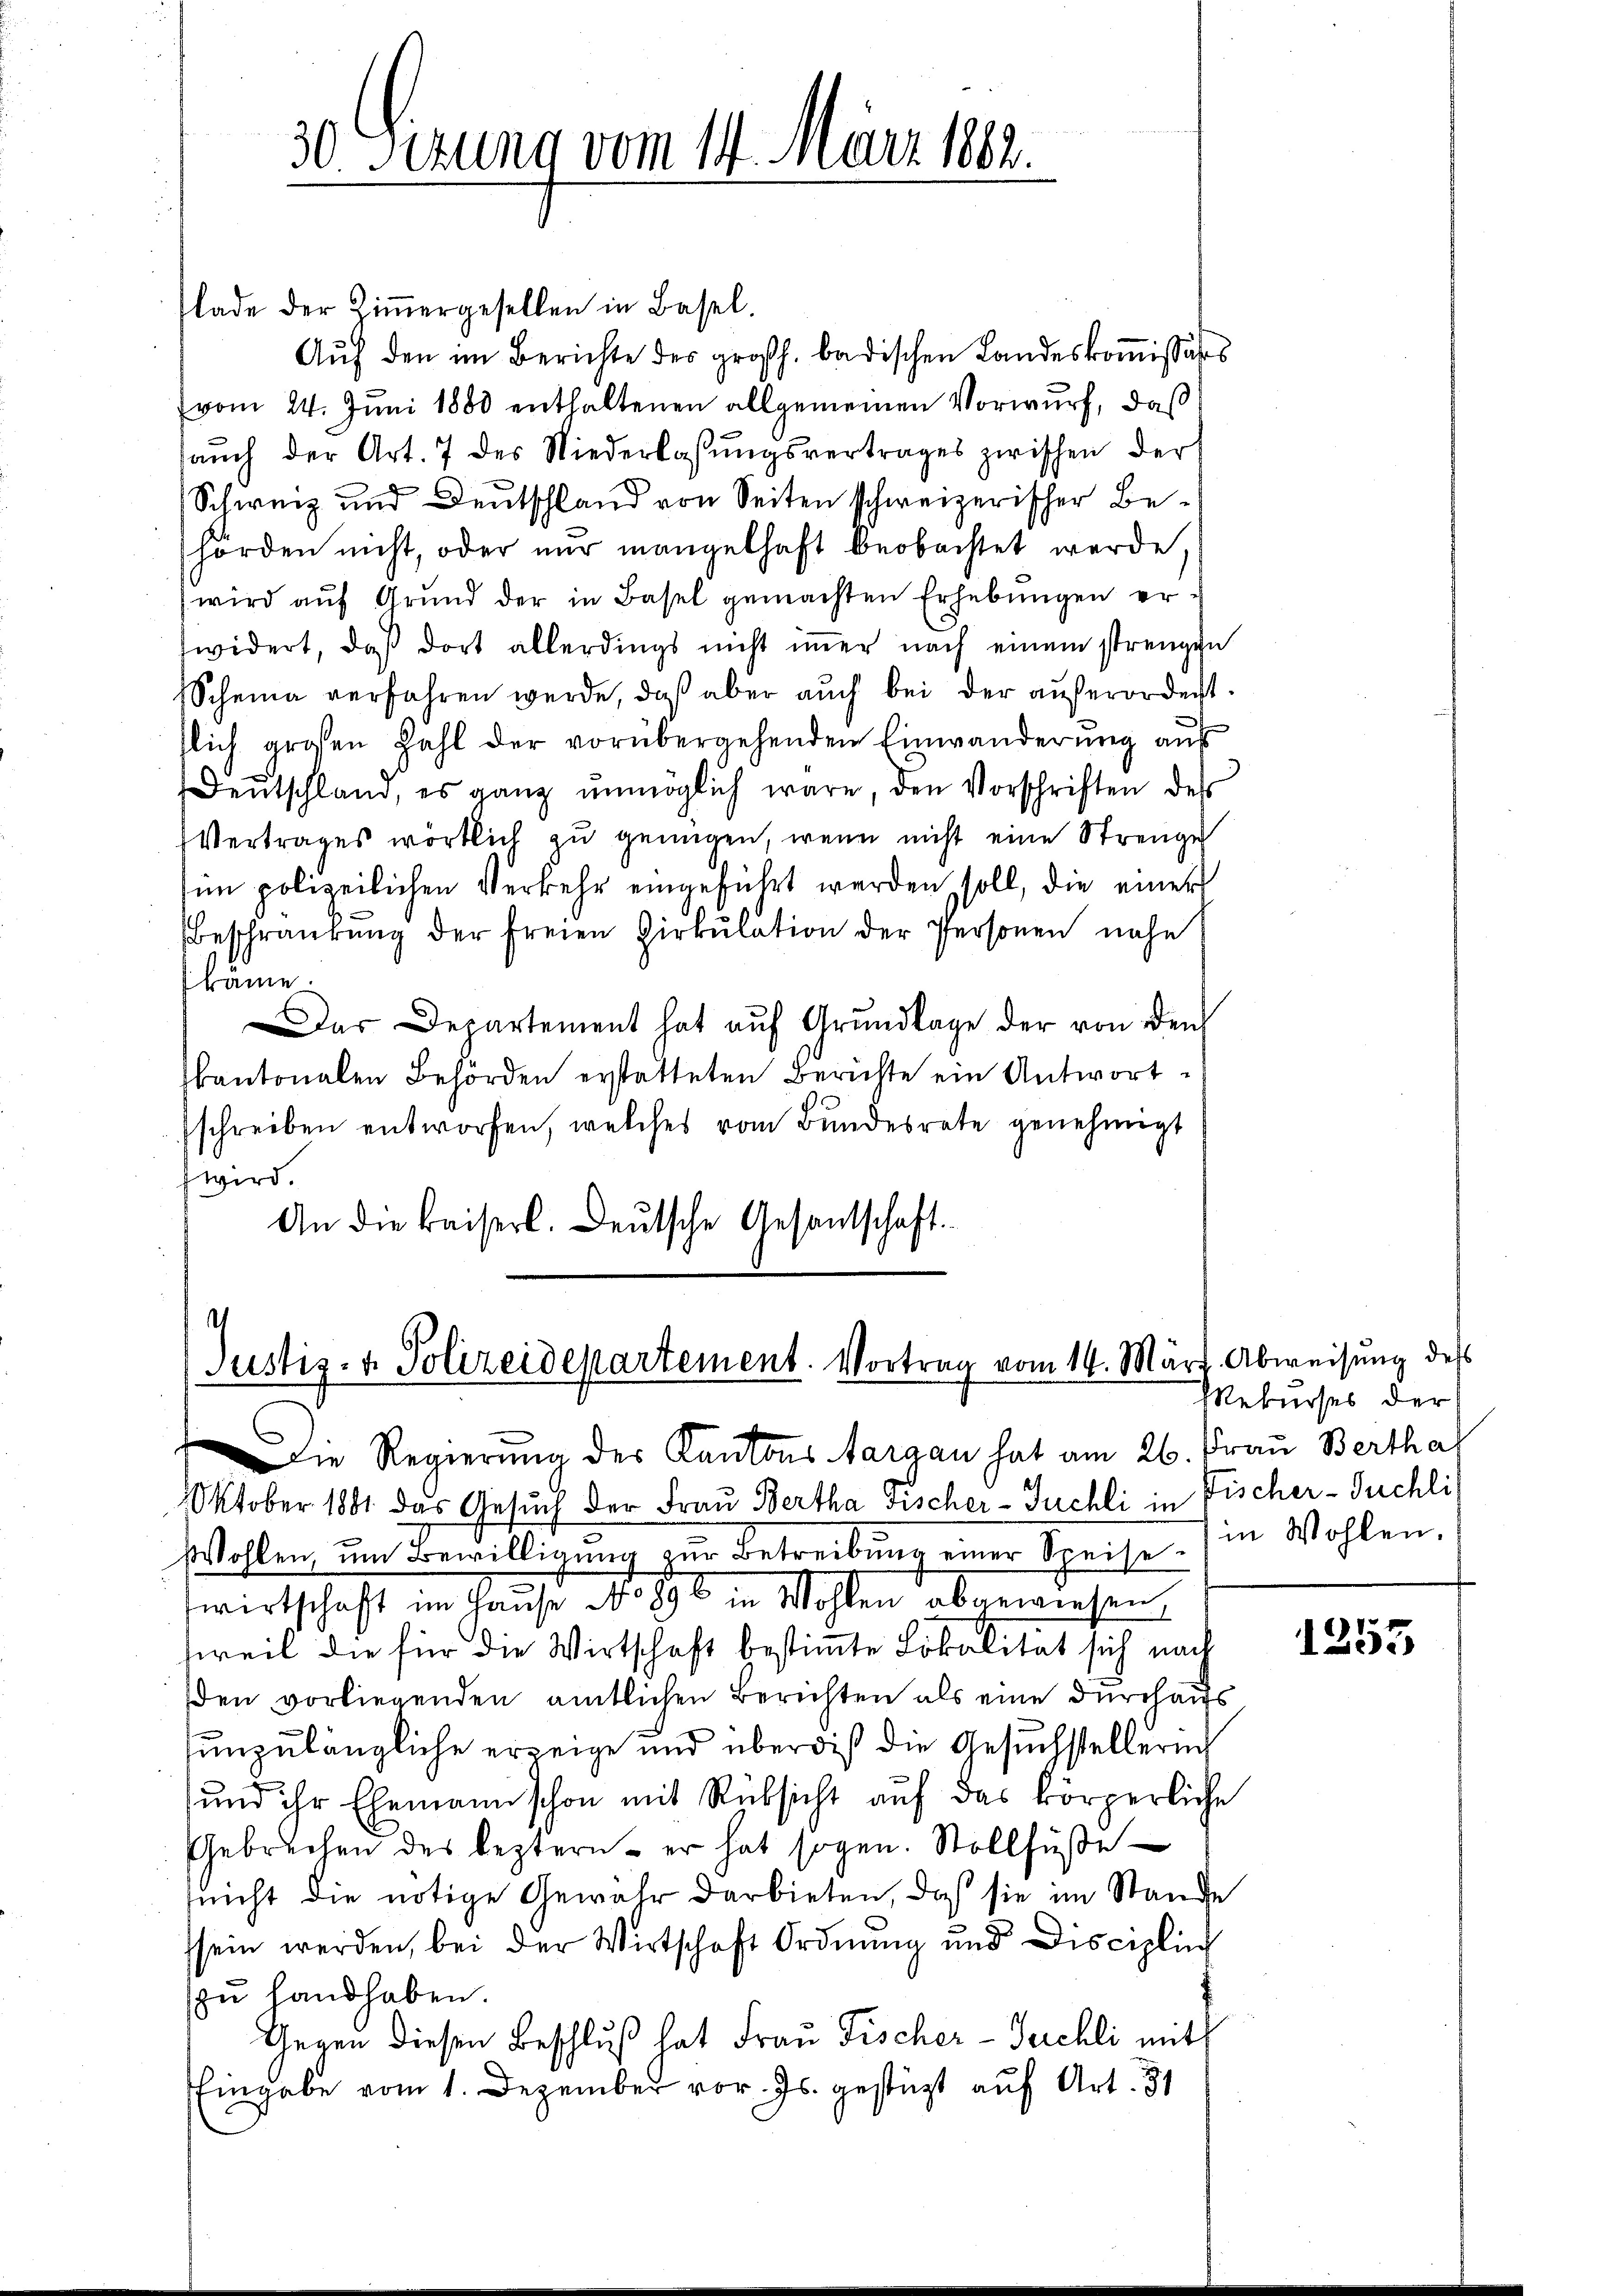
30 Sirung vom 14. März 1882.

lade der Ziṁergesellen in Basel.
Auf den im Berichte der großh. badischen Landeskoṁissärs
(vom 24. Juni 1880 enthaltenen allgemeinen Vorwurf, daß
saŭch der Art. 7 des Niederlassŭngsvertrages zwischen der
Schweiz und Deutschland von Seiten schweizerischer Behörden nicht, oder nur mangelhaft beobachtet werde,
wird auf Grund der in Basel gemachten Erhebungen erwidert, daß dort allerdings nicht iṁer nach einem strengen
Scheine verfahren werde, daß aber auch bei der außerordert.
flich großen Zahl der vorübergehenden Einwanderŭng aŭs
Deutschland, es ganz unmöglich wäre, den Vorschriften des
Vertrages wörtlich zu genügen, wenn nicht eine Strenge
im polizeilichen Verkehr eingeführt werden soll, die einer
Beschränkung der freien Zirkŭlation der Personen nahe
käme.
Das Departement hat auf Grundlage der von den
kantonalen Behörden erstatteten Berichte ein Antwortschreiben entworfen, welches vom Bundesrate genehmigt
wird.
An die kaiserl. Deutsche Gesantschaft.

Justiz- & Polizeidepartement. Vortrag vom 14. März. Abweisung des

Oktober 1881 das Gesuch der Frau Bertha Fischer-Tuchli in Fischer-Puchli
Wohlen, um Bewilligung zur Betreibung einer Speise (in Wohlen.
wirtschaft im Hause No 896 in Wohlen abgewiesen,
sweil die für die Wirtschaft bestimmte Lokalität sich nach
den vorliegenden amtlichen Berichten als eine durchaus
unzulängliche erzeige und überdieß die Gesuchstellering
und ihr Ehemann schon mit Rücksicht auf das körperliche
Gebrechen des leztern - er hat sogen. Stollfüße
snicht die nötige Gewahr darbieten, daß sie im Stande
ssein werden, bei der Wirtschaft Ordnung und Disciplin
zu handhaben.
Gegen diesen Beschluß hat Frau Fischer-Jurchli mit
Eingabe vom 1. Dezember vor. Js. gestüzt auf Art. 31

Die Regierung des Kantons Aargau hat am 26. Frau Berthal

Rekurses der

1253